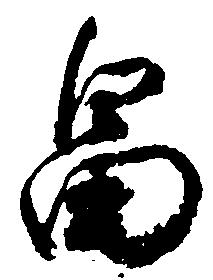
畠